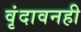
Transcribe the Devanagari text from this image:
वृंदावनही